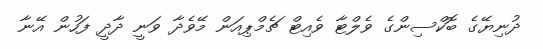
ދުނިޔޭގެ ބޮކްސިންގެ ވެލްޓާ ވެއިޓް ޗެމްޕިއަން މޭވެދާ ވަނީ ދާދީ ފަހުން އޭނާ